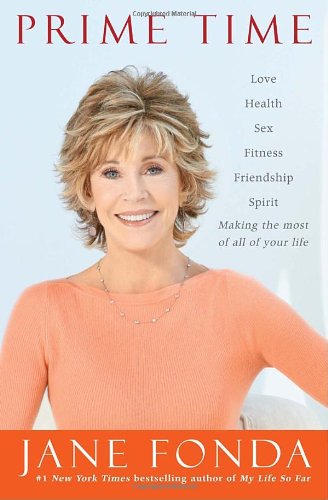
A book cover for Prime Time: Love, health, sex, fitness, friendship, spirit--making the most of all of your life; Jane Fonda; Health, Fitness & Dieting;